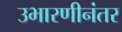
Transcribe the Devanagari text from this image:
उभारणीनंतर